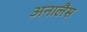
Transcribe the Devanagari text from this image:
अनालैस